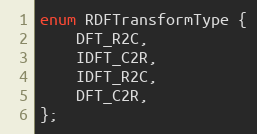
Language: C
enum RDFTransformType {
    DFT_R2C,
    IDFT_C2R,
    IDFT_R2C,
    DFT_C2R,
};